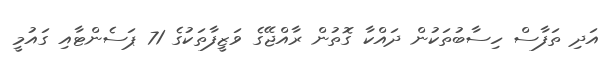
އަދި ތަފާސް ހިސާބުތަކުން ދައްކާ ގޮތުން ރާއްޖޭގެ ވަޒީފާތަކުގެ 71 ޕަސެންޓާއި ގައުމީ